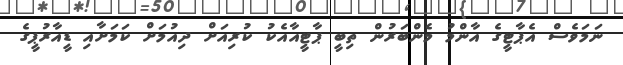
ނަމަވެސް އެޕާޓީގެ އާންމު މެންބަރުން ތިބީ ޕާޓީއާއެކު ކުރިއަށް ދިއުމަށް ކަމަށާއި ޑީއާރުޕީގެ